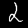
Digit: 2